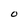
Character: O